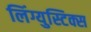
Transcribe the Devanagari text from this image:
लिंग्युस्टिक्स